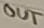
Text: OUT